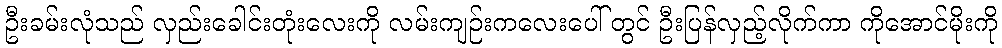
ဦးခမ်းလုံသည် လှည်းခေါင်းတုံးလေးကို လမ်းကျဉ်းကလေးပေါ် တွင် ဦးပြန်လှည့်လိုက်ကာ ကိုအောင်မိုးကို